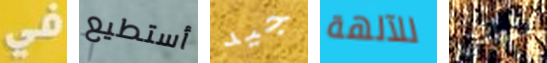
في أستطيع جيد للآلهة منطقتي